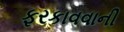
ફરકાવવાની